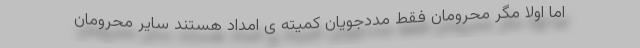
اما اولا مگر محرومان فقط مددجویان کمیته ی امداد هستند سایر محرومان